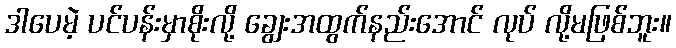
ဒါပေမဲ့ ပင်ပန်းမှာစိုးလို့ ချွေးအထွက်နည်းအောင် လုပ် လို့မဖြစ်ဘူး။